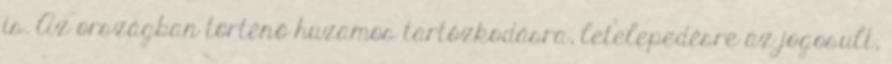
is. Az országban történő huzamos tartózkodásra, letelepedésre az jogosult,